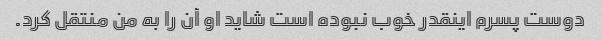
دوست پسرم اینقدر خوب نبوده است شاید او آن را به من منتقل کرد.